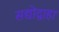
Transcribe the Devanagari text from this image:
सद्योद्वाहा